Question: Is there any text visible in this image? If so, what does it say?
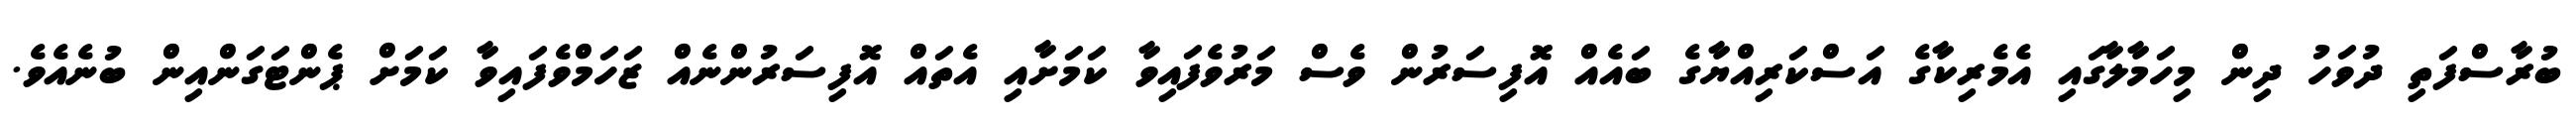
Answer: ބުރާސްފަތި ދުވަހު ދިން މިހަމާލާގައި އެމެރިކާގެ އަސްކަރިއްޔާގެ ބައެއް އޮފިސަރުން ވެސް މަރުވެފައިވާ ކަމަށާއި އެތައް އޮފިސަރުންނެއް ޒަހަމްވެފައިވާ ކަމަށް ޕެންޓަގަންއިން ބުނެއެވެ.